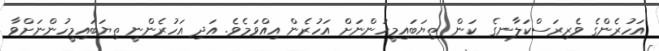
އަހުރެންގެ ވެރިރަސްކަލާނގެ  ކަން ތިޔަބައިމީހުންނަށް އަހުރެން އިއްވަމެވެ. އަދި އަހުރެންނީ ތިޔަބައިމީހުންނަށްވާ